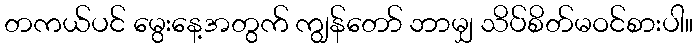
တကယ်ပင် မွေးနေ့အတွက် ကျွန်တော် ဘာမျှ သိပ်စိတ်မဝင်စားပါ။